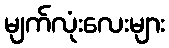
မျက်လုံးလေးများ